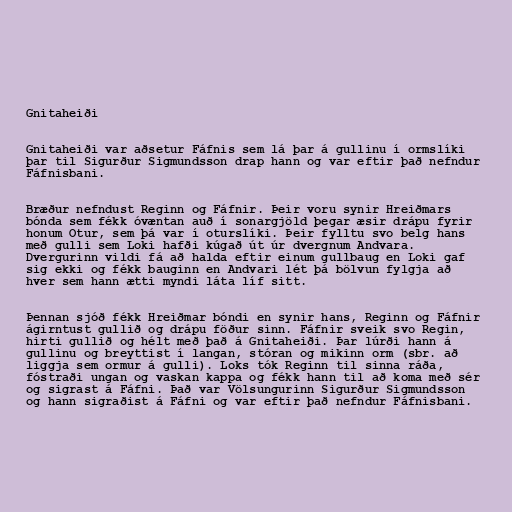
Gnitaheiði

Gnitaheiði var aðsetur Fáfnis sem lá þar á gullinu í ormslíki
þar til Sigurður Sigmundsson drap hann og var eftir það nefndur
Fáfnisbani.

Bræður nefndust Reginn og Fáfnir. Þeir voru synir Hreiðmars
bónda sem fékk óvæntan auð í sonargjöld þegar æsir drápu fyrir
honum Otur, sem þá var í oturslíki. Þeir fylltu svo belg hans
með gulli sem Loki hafði kúgað út úr dvergnum Andvara.
Dvergurinn vildi fá að halda eftir einum gullbaug en Loki gaf
sig ekki og fékk bauginn en Andvari lét þá bölvun fylgja að
hver sem hann ætti myndi láta líf sitt.

Þennan sjóð fékk Hreiðmar bóndi en synir hans, Reginn og Fáfnir
ágirntust gullið og drápu föður sinn. Fáfnir sveik svo Regin,
hirti gullið og hélt með það á Gnitaheiði. Þar lúrði hann á
gullinu og breyttist í langan, stóran og mikinn orm (sbr. að
liggja sem ormur á gulli). Loks tók Reginn til sinna ráða,
fóstraði ungan og vaskan kappa og fékk hann til að koma með sér
og sigrast á Fáfni. Það var Völsungurinn Sigurður Sigmundsson
og hann sigraðist á Fáfni og var eftir það nefndur Fáfnisbani.